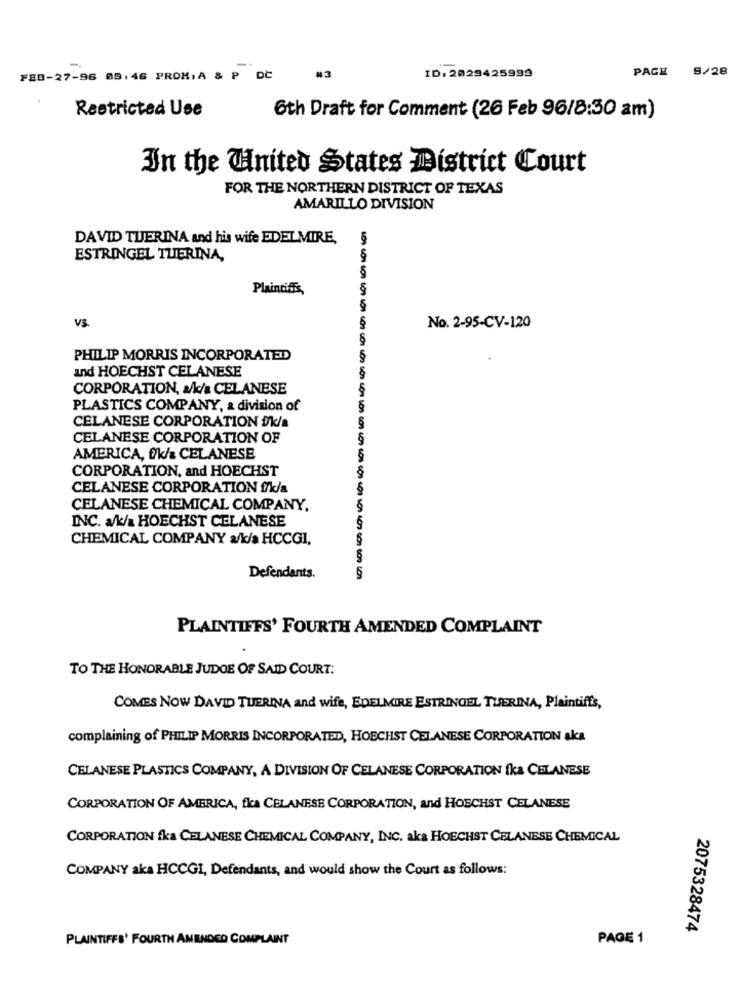
PAGE 9/28
FEB-27-96 09:46 PROM. A & P DC
#3
ID: 2029425999
Restricted Use
6th Draft for Comment (26 Feb 96/8:30 am)
In the United States District Court
FOR THE NORTHERN DISTRICT OF TEXAS
AMARILLO DIVISION
DAVID TIJERINA and his wife EDEL MIRE,
ESTRINGEL TZERINA,
Plaintiffs,
VS
No. 2-95-CV-120
PHILIP MORRIS INCORPORATED
and HOECHST CELANESE
CORPORATION, a/k/s CELANESE
PLASTICS COMPANY, a division of
CELANESE CORPORATION #/k/a
CELANESE CORPORATION OF
AMERICA, f/k/a CELANESE
CORPORATION, and HOECHST
CELANESE CORPORATION f/k/a
CELANESE CHEMICAL COMPANY.
INC. a/k/a HOECHST CELANESE
CHEMICAL COMPANY a/k/a HCCGI,
Defendants.
PLAINTIFFS' FOURTH AMENDED COMPLAINT
TO THE HONORABLE JUDGE OF SAID COURT:
COMES NOW DAVID TUERINA and wife, EDELMIRE ESTRINGEL TUERINA, Plaintiff's,
complaining of PHILIP MORRIS INCORPORATED, HOECHST CELANESE CORPORATION aka
CELANESE PLASTICS COMPANY, A DIVISION OF CELANESE CORPORATION fka CELANESE
CORPORATION OF AMERICA, fka CELANESE CORPORATION, and HOECHST CELANESE
CORPORATION fka CELANESE CHEMICAL COMPANY, INC. aka HOECHST CELANESE CHEMICAL
COMPANY aka HCCGI, Defendants, and would show the Court as follows:
2075328474
PLAINTIFFS' FOURTH AMENDED COMPLAINT
PAGE 1